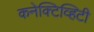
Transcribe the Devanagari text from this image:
कनेक्टिव्हिटी